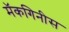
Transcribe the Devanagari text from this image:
मॅकगिनीस